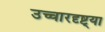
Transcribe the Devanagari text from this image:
उच्चारदृष्ट्या